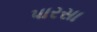
પારસા